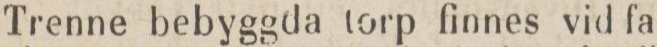
Trenne bebyggda torp finnes vid fa-